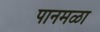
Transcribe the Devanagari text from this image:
पानमळा